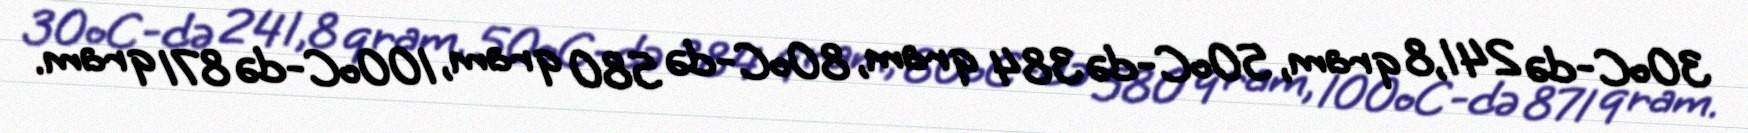
30oC-də 241,8 qram, 50oC-də 384 qram, 80oC-də 580 qram, 100oC-də 871 qram.